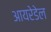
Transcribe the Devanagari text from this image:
आयरेडेल